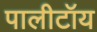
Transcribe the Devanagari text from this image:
पालीटॉय